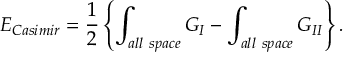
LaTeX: E _ { \small C a s i m i r } = { \frac { 1 } { 2 } } \left\{ \int _ { \small a l l ~ s p a c e } G _ { I } - \int _ { \small a l l ~ s p a c e } G _ { I I } \right\} .